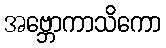
အဗ္ဘောကာသိကော